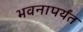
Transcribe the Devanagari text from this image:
भवनापर्यंत